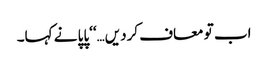
اب تو معاف کردیں…‘‘پاپا نے کہا۔